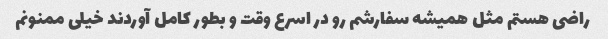
راضی هستم مثل همیشه سفارشم رو در اسرع وقت و بطور کامل آوردند خیلی ممنونم